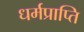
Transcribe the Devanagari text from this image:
धर्मप्राप्ति